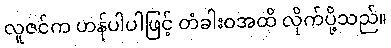
လူဇင်က ဟန်ပါပါဖြင့် တံခါးဝအထိ လိုက်ပို့သည်။